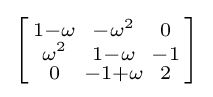
\left[{\begin{smallmatrix}1-\omega &-\omega ^{2}&0\\\omega ^{2}&1-\omega &-1\\0&-1+\omega &2\end{smallmatrix}}\right]